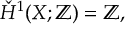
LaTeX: { \check { H } } ^ { 1 } ( X ; \mathbb { Z } ) = \mathbb { Z } ,